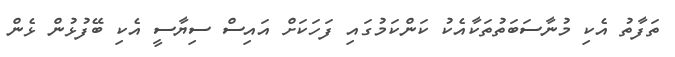
ތަފާތު އެކި މުނާސަބަތުތަކާއެކު ކަންކަމުގައި ފަހަކަށް އައިސް ސިޔާސީ އެކި ބޭފުޅުން ޅެން